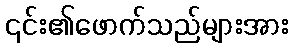
၎င်း၏ဖောက်သည်များအား